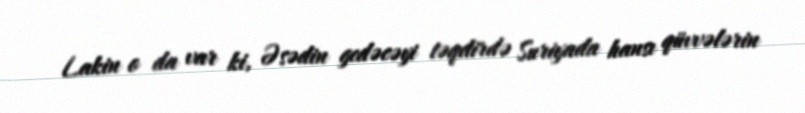
Lakin o da var ki, Əsədin gedəcəyi təqdirdə Suriyada hansı qüvvələrin